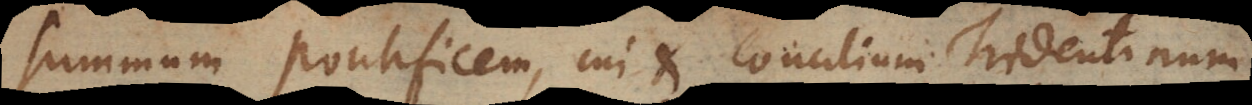
summum Pontificem, cui et Concilium Tridentinum